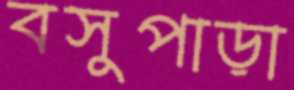
বসুপাড়া